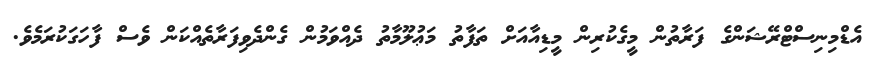
އެޑްމިނިސްޓްރޭޝަންގެ ފަރާތުން މީގެކުރިން މީޑިއާއަށް ތަފާތު މަޢުލޫމާތު ދެއްވަމުން ގެންދެވިފަރާތެއްކަން ވެސް ފާހަގަކުރަމެވެ.